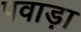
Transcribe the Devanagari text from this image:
पवाड़ा